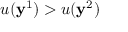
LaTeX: u ( \mathbf { y } ^ { 1 } ) > u ( \mathbf { y } ^ { 2 } )